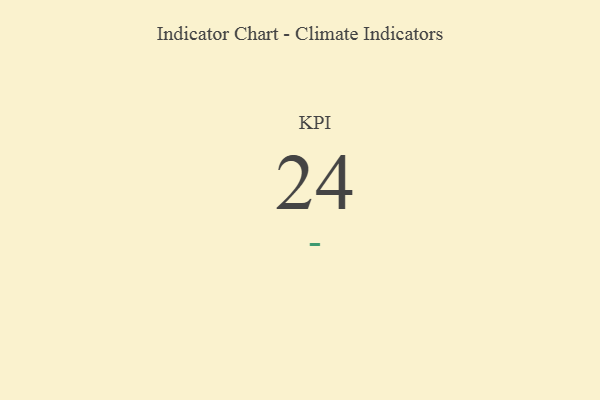
{"axis": {"x": "KPI", "y": "Value"}, "legend": [""], "data": [{"x": "KPI", "y": 24, "type": ""}]}